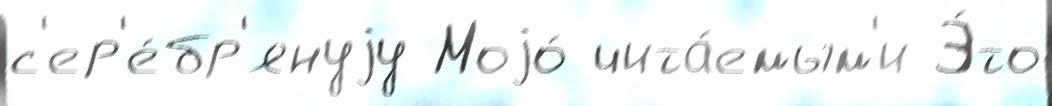
с'ер'е́бр'януjу Моjо́ чита́емым'и Э́то